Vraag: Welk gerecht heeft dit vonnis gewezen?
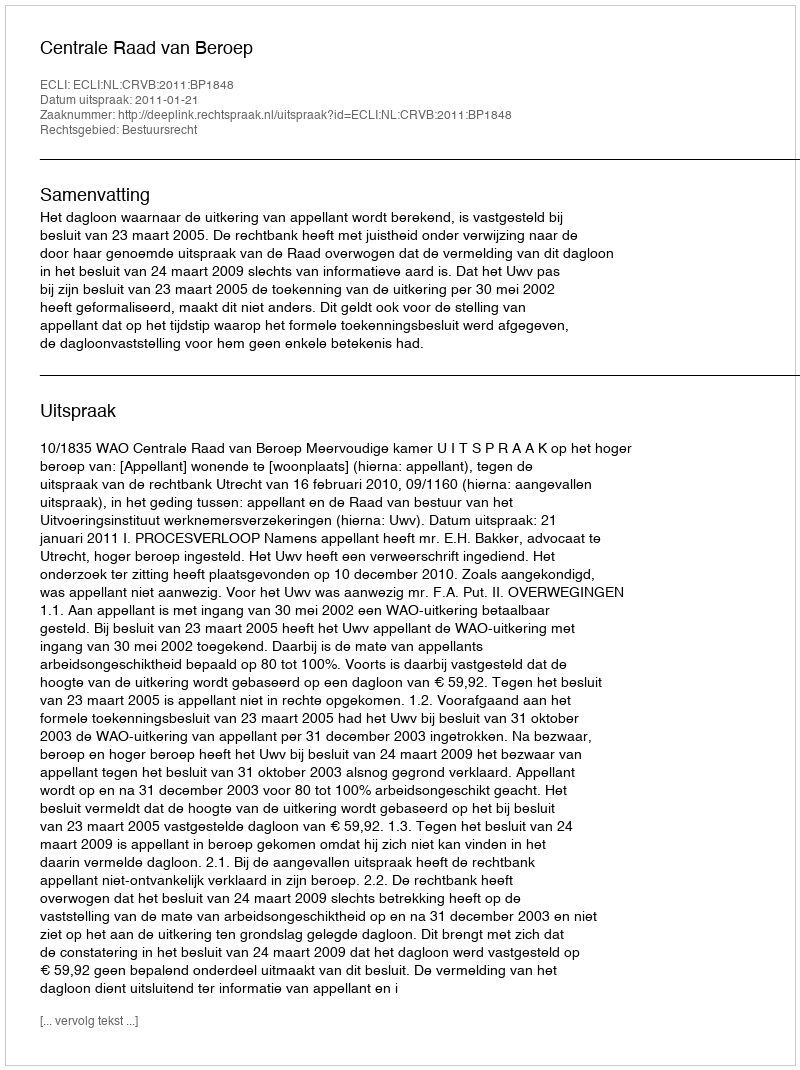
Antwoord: Centrale Raad van Beroep